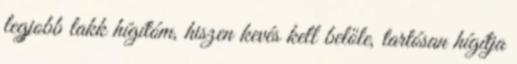
legjobb lakk hígítóm, hiszen kevés kell belőle, tartósan hígítja